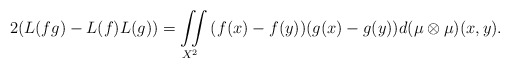
\begin{align*}2(L(fg)-L(f) L(g))=\iint\limits_{X^2}{(f(x)-f(y))(g(x)-g(y))d(\mu\otimes\mu)(x,y)}.\end{align*}